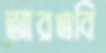
আরএবি